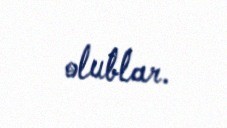
olublar.